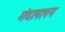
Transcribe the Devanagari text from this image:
गंदलापन